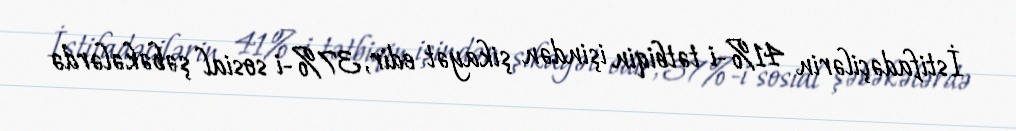
İstifadəçilərin 41%-i tətbiqin işindən şikayət edir, 37%-i sosial şəbəkələrdə